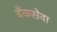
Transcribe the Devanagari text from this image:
बँकसेवा